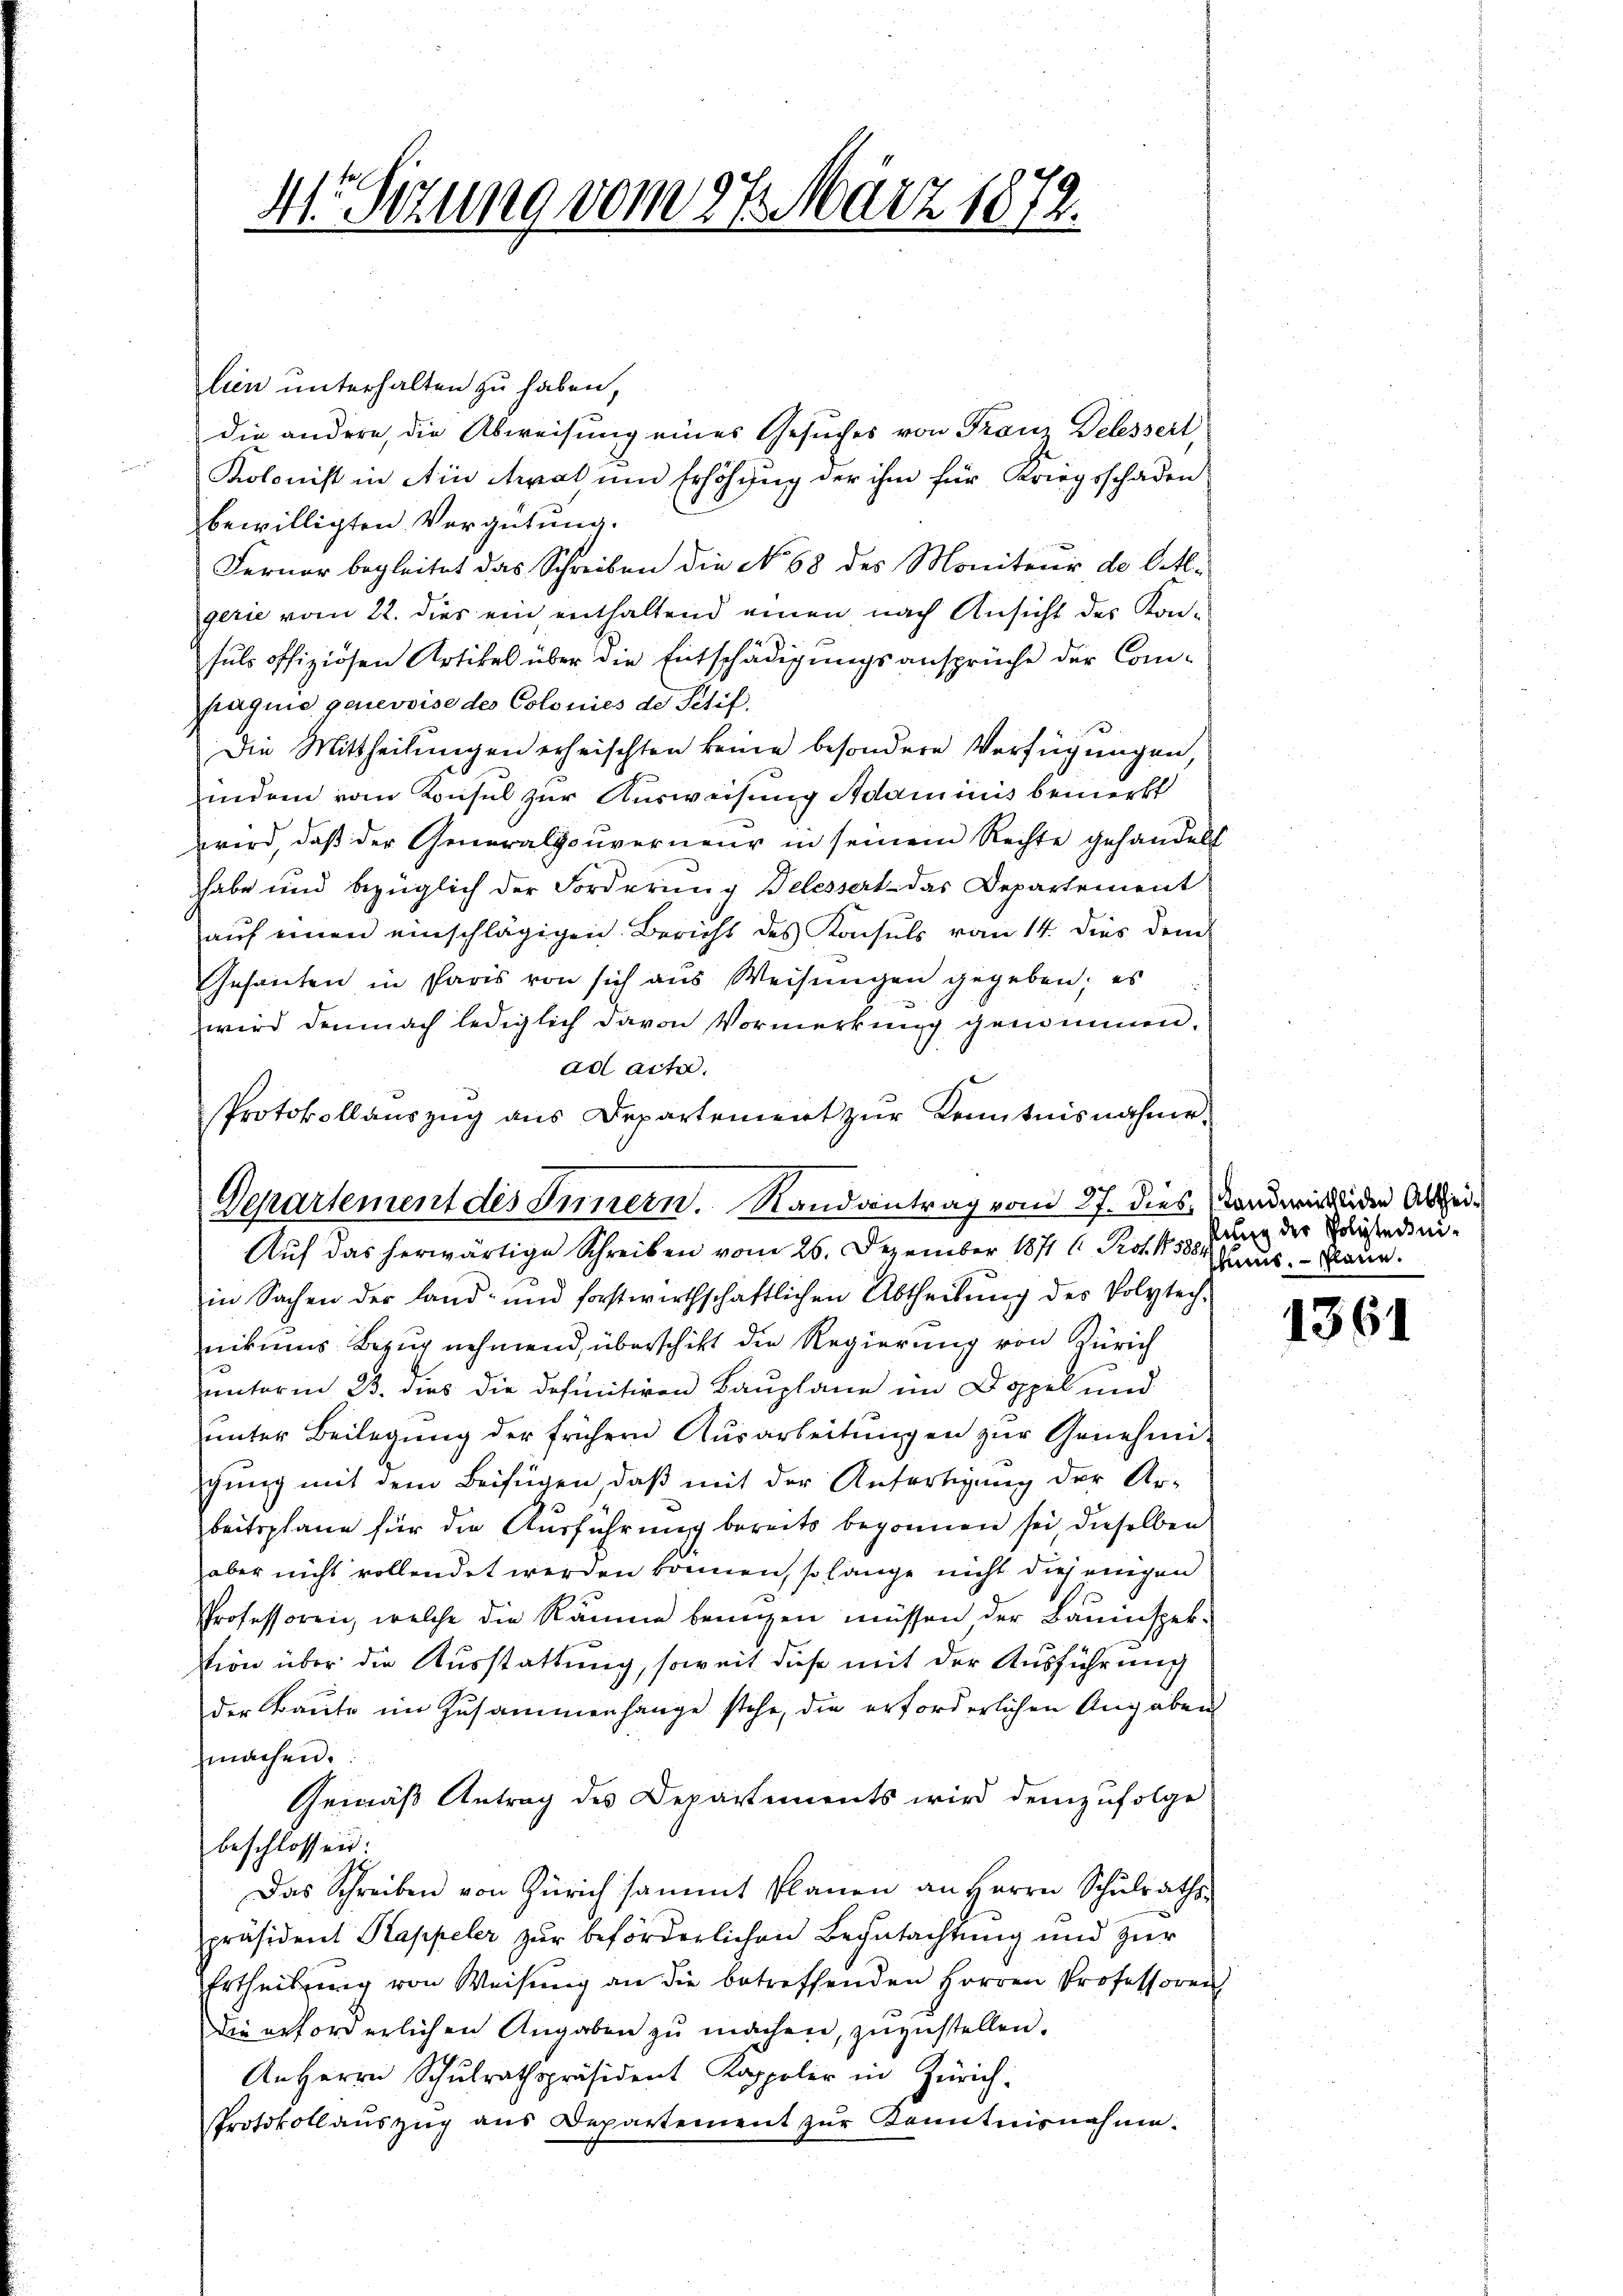
41. Sizung vom 27. März 1872.

lien unterhalten zu haben,
die andere, die Abweisung eines Gesuches von Franz Delessert,
Kolonist in Ain trat und Erhöhung der ihm für Kriegsschaden
bewilligten Vergütung.
Ferner begleitet das Schreiben die No 68 des Moniteur de l. M.
gerie vom 22. dies ein enthaltend einen nach Ansicht des Konsuls offiziösen Artikel über die Entschädigungsansprüche der Compagnie genevoise des Colonies de Titif,
Die Mittheilŭngen erheischten keine besondere Verfügungen,
indem vom Konsul zur Ausweisung Adaminis bemerkt
wird, daß der Generalgouverneur in seinem Rechte gehandelt
habe und bezüglich der Forderung Belessert das Departement
auf einen einschlägigen Bericht des Konsuls vom 14. dies dem
Gesanten in Paris von sich aus Weisungen gegeben; es
wird demnach lediglich davon Vormerkung genommen.
ad acta.
Auf das herwärtige Schreiben vom 26. Dezember 1871 l. Prot. 430. Jung der Geisterniin Sachen der Land- und forstwirthschaftlichen Abtheilŭng des Volytech-
nikums Bezug nehmend, überschikt die Regierung von Zürich
unterm 23. dies die definitiven Bauplane im Doppel und
unter Beilegung der frühern Ausarbeitungen zur Genehmichung mit dem Beifügen, daß mit der Anfertigung der Ar-
beitsplane für die Ausführung bereits begonnen sei, dieselben
aber nicht vollendet werden können, so lange nicht diejenigen
Professoren, welche die Räume bewegen müssen der Bauinspektion über die Ausstattung, soweit diese mit der Ausführung
der Baute im Zusammenhange stehe, die erforderlichen Angaben
machen.
Gemäß Antrag des Departements wird demzufolge
beschlossen.
Das Schreiben von Zürich sammt Planen an Herrn Schŭlraths-
präsident Kappeler zur beförderlichen Begutachtung und zur
Ertheilung von Weisung an die betreffenden Herren Professoren
die erforderlichen Angaben zŭ machen, zuzustellen.
An Herrn Schulrathspräsident Kappeler in Zürich.
protokollauszug aus Departement zur Kenntnisnahme.

Protokollauszug aus Departement zur Kenntnisnahme
Departement des Innern. Randantrag vom 27. dies stand wirklider Abzei¬

shuns. Plane.

1361